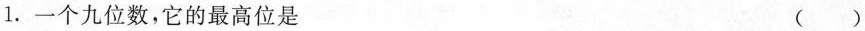
1.一个九位数，它的最高位是 ()